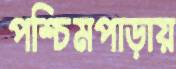
পশ্চিমপাড়ায়